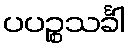
ပပဉ္စသင်္ခါ